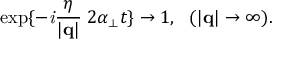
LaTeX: \exp \{ - { \it i } \frac { \eta } { | { \bf q } | } \; 2 \alpha _ { \perp } t \} \rightarrow 1 , ~ ~ ( | { \bf q } | \rightarrow \infty ) .